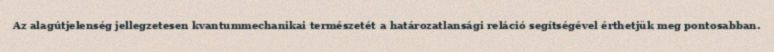
Az alagútjelenség jellegzetesen kvantummechanikai természetét a határozatlansági reláció segítségével érthetjük meg pontosabban.